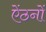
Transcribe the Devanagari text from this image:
ऐंठनों